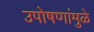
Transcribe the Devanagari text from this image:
उपोषणांमुळे